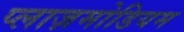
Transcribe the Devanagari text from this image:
प्लाज़मोडियम